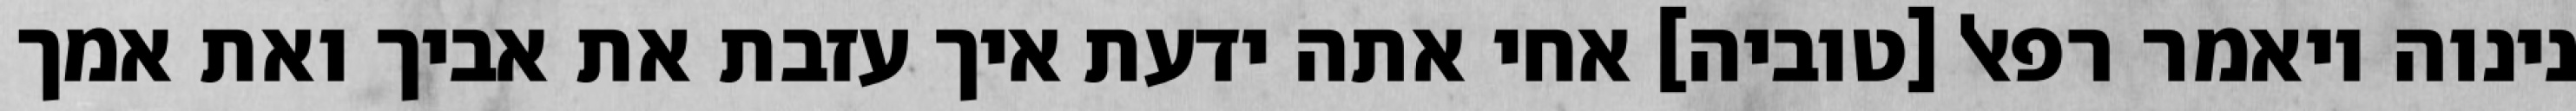
נינוה ויאמר רפאל [טוביה] אחי אתה ידעת איך עזבת את אביך ואת אמך